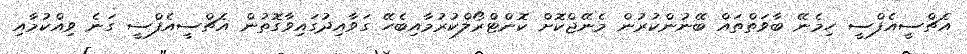
އެޗްސީއެފްސީ ހިމެނޭ ބާވަތްތައް ބޭނުންކުރުން މެނޭޖްކޮށް ކޮންޓްރޯލްކުރުމާއިބެހޭ ގަވާއިދުގައިވާގޮތުން އެޗްސީއެފްސީ ގަނެ ވިއްކުމާއި